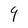
Character: 9